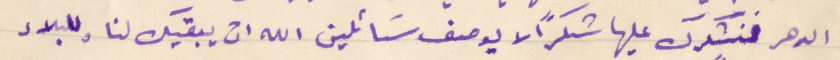
الدهر فنشكرك عليها شكرًا لا يوصف  سَائلين الله ان يبقيك لنا وللبلاد